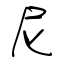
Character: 尼